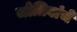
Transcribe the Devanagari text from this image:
जोतिबांचे